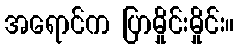
အရောင်က ပြာမှိုင်းမှိုင်း။